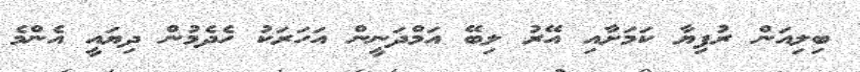
ބިލިއަން ރުފިޔާ ކަމަށާއި އޭރު ލިބޭ އަމްދަނީން އަހަރަކު ހެދެމުން ދިޔައީ އެންމެ